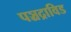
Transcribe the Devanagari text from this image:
पञ्चद्राविड